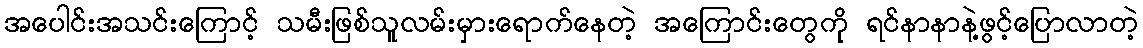
အပေါင်းအသင်းကြောင့် သမီးဖြစ်သူလမ်းမှားရောက်နေတဲ့ အကြောင်းတွေကို ရင်နာနာနဲ့ဖွင့်ပြောလာတဲ့